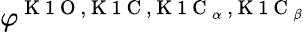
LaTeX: \varphi^{\mathrm{~K~1~O~,~K~1~C~,~K~1~C~}_{\alpha}\mathrm{~,~K~1~C~}_{\beta}}